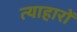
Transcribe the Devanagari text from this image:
त्याहारों